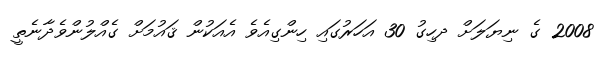
2008 ގެ ނިޔަލަށް ދހިގު 30 އަހަރުގައި ހިންގިއެވެ އެއަކުން ޤައުމަށް ގެއްލުންވެދާނެތީ